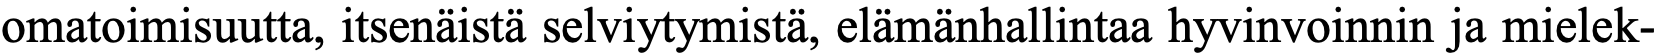
omatoimisuutta, itsenäistä selviytymistä, elämänhallintaa hyvinvoinnin ja mielek-